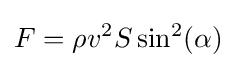
F=\rho v^{2}S\sin ^{2}(\alpha )